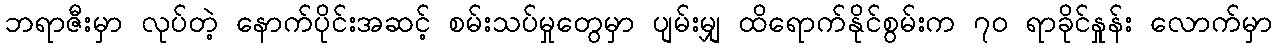
ဘရာဇီးမှာ လုပ်တဲ့ နောက်ပိုင်းအဆင့် စမ်းသပ်မှုတွေမှာ ပျမ်းမျှ ထိရောက်နိုင်စွမ်းက ၇၀ ရာခိုင်နှုန်း လောက်မှာ